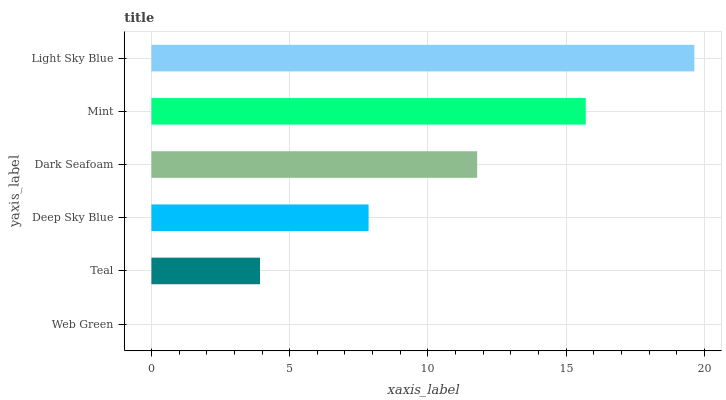
| yaxis_label | bars |
 | --- | --- |
 | Web Green | 0 |
 | Teal | 3.93 |
 | Deep Sky Blue | 7.85 |
 | Dark Seafoam | 11.8 |
 | Mint | 15.7 |
 | Light Sky Blue | 19.6 |